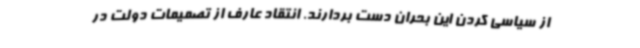
از سیاسی کردن این بحران دست بردارند. انتقاد عارف از تصمیمات دولت در